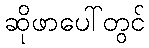
ဆိုဖာပေါ်တွင်